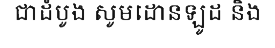
ជាដំបូង សូមដោនឡូដ និង